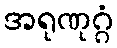
အရုဏုဂ္ဂံ